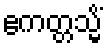
ဧကတ္တသ္မိံ